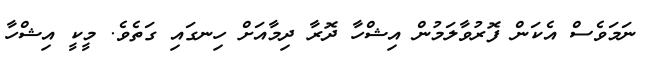
ނަމަވެސް އެކަން ފޮރުވާލަމުން އިޝްހާ ދޮރާ ދިމާއަށް ހިނގައި ގަތެވެ. މީކީ އިޝްހާ